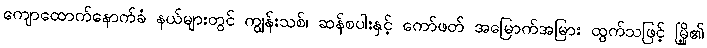
ကျောထောက်နောက်ခံ နယ်များတွင် ကျွန်းသစ်၊ ဆန်စပါးနှင့် ကော်ဖတ် အမြောက်အမြား ထွက်သဖြင့် မြို့၏